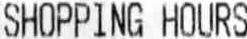
SHOPPING HOURS